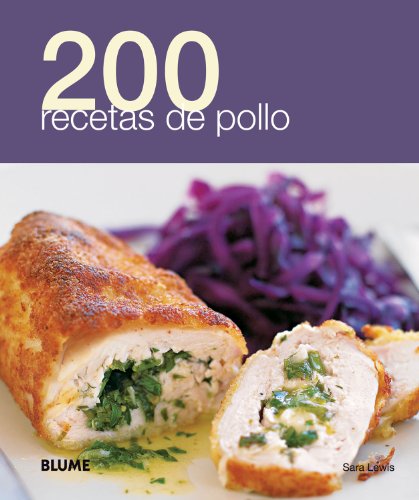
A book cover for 200 recetas de pollo (Spanish Edition); Sara Lewis; Cookbooks, Food & Wine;